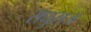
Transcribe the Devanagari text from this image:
राघुराज